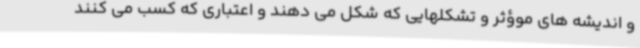
و اندیشه های موؤثر و تشکلهایی که شکل می دهند و اعتباری که کسب می کنند